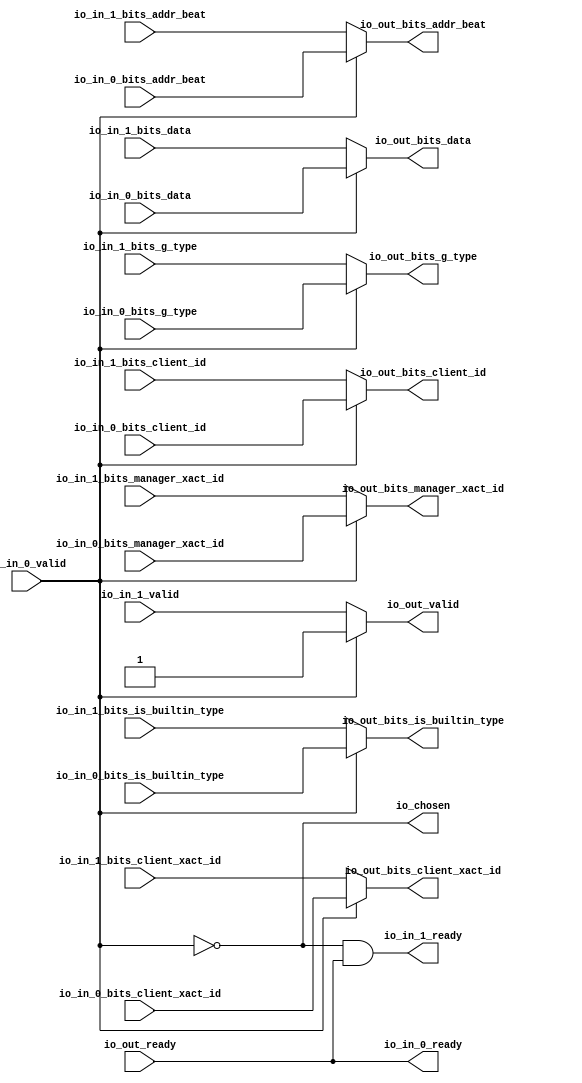
// This program was cloned from: https://github.com/NYU-MLDA/OpenABC
// License: BSD 3-Clause "New" or "Revised" License

module Arbiter_6
(
  io_in_1_ready,
  io_in_1_valid,
  io_in_1_bits_addr_beat,
  io_in_1_bits_client_xact_id,
  io_in_1_bits_manager_xact_id,
  io_in_1_bits_is_builtin_type,
  io_in_1_bits_g_type,
  io_in_1_bits_data,
  io_in_1_bits_client_id,
  io_in_0_ready,
  io_in_0_valid,
  io_in_0_bits_addr_beat,
  io_in_0_bits_client_xact_id,
  io_in_0_bits_manager_xact_id,
  io_in_0_bits_is_builtin_type,
  io_in_0_bits_g_type,
  io_in_0_bits_data,
  io_in_0_bits_client_id,
  io_out_ready,
  io_out_valid,
  io_out_bits_addr_beat,
  io_out_bits_client_xact_id,
  io_out_bits_manager_xact_id,
  io_out_bits_is_builtin_type,
  io_out_bits_g_type,
  io_out_bits_data,
  io_out_bits_client_id,
  io_chosen
);

  input [2:0] io_in_1_bits_addr_beat;
  input [3:0] io_in_1_bits_client_xact_id;
  input [3:0] io_in_1_bits_g_type;
  input [63:0] io_in_1_bits_data;
  input [2:0] io_in_0_bits_addr_beat;
  input [3:0] io_in_0_bits_client_xact_id;
  input [3:0] io_in_0_bits_g_type;
  input [63:0] io_in_0_bits_data;
  output [2:0] io_out_bits_addr_beat;
  output [3:0] io_out_bits_client_xact_id;
  output [3:0] io_out_bits_g_type;
  output [63:0] io_out_bits_data;
  input io_in_1_valid;
  input io_in_1_bits_manager_xact_id;
  input io_in_1_bits_is_builtin_type;
  input io_in_1_bits_client_id;
  input io_in_0_valid;
  input io_in_0_bits_manager_xact_id;
  input io_in_0_bits_is_builtin_type;
  input io_in_0_bits_client_id;
  input io_out_ready;
  output io_in_1_ready;
  output io_in_0_ready;
  output io_out_valid;
  output io_out_bits_manager_xact_id;
  output io_out_bits_is_builtin_type;
  output io_out_bits_client_id;
  output io_chosen;
  wire [2:0] io_out_bits_addr_beat;
  wire [3:0] io_out_bits_client_xact_id,io_out_bits_g_type;
  wire [63:0] io_out_bits_data;
  wire io_in_1_ready,io_in_0_ready,io_out_valid,io_out_bits_manager_xact_id,
  io_out_bits_is_builtin_type,io_out_bits_client_id,io_chosen,N0,N1,io_out_ready,T10;
  assign io_in_0_ready = io_out_ready;
  assign io_chosen = ~io_in_0_valid;
  assign io_out_bits_client_id = (N0)? io_in_1_bits_client_id : 
                                 (N1)? io_in_0_bits_client_id : 1'b0;
  assign N0 = io_chosen;
  assign N1 = io_in_0_valid;
  assign io_out_bits_data = (N0)? io_in_1_bits_data : 
                            (N1)? io_in_0_bits_data : 1'b0;
  assign io_out_bits_g_type = (N0)? io_in_1_bits_g_type : 
                              (N1)? io_in_0_bits_g_type : 1'b0;
  assign io_out_bits_is_builtin_type = (N0)? io_in_1_bits_is_builtin_type : 
                                       (N1)? io_in_0_bits_is_builtin_type : 1'b0;
  assign io_out_bits_manager_xact_id = (N0)? io_in_1_bits_manager_xact_id : 
                                       (N1)? io_in_0_bits_manager_xact_id : 1'b0;
  assign io_out_bits_client_xact_id = (N0)? io_in_1_bits_client_xact_id : 
                                      (N1)? io_in_0_bits_client_xact_id : 1'b0;
  assign io_out_bits_addr_beat = (N0)? io_in_1_bits_addr_beat : 
                                 (N1)? io_in_0_bits_addr_beat : 1'b0;
  assign io_out_valid = (N0)? io_in_1_valid : 
                        (N1)? io_in_0_valid : 1'b0;
  assign io_in_1_ready = T10 & io_out_ready;
  assign T10 = ~io_in_0_valid;

endmodule